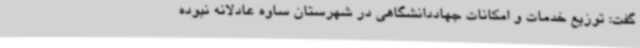
گفت: توزیع خدمات و امکانات جهاددانشگاهی در شهرستان ساوه عادلانه نبوده